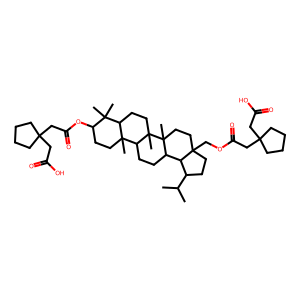
SMILES: CC(C)C1CCC2(COC(=O)CC3(CC(=O)O)CCCC3)CCC3(C)C(CCC4C5(C)CCC(OC(=O)CC6(CC(=O)O)CCCC6)C(C)(C)C5CCC43C)C12
Inhibits HIV replication: No